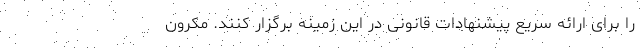
را برای ارائه سریع پیشنهادات قانونی در این زمینه برگزار کنند. مکرون